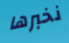
نخبرها